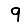
Digit: 9